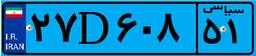
۲۷D۶۰۸۵۱